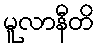
မူလာနီတိ